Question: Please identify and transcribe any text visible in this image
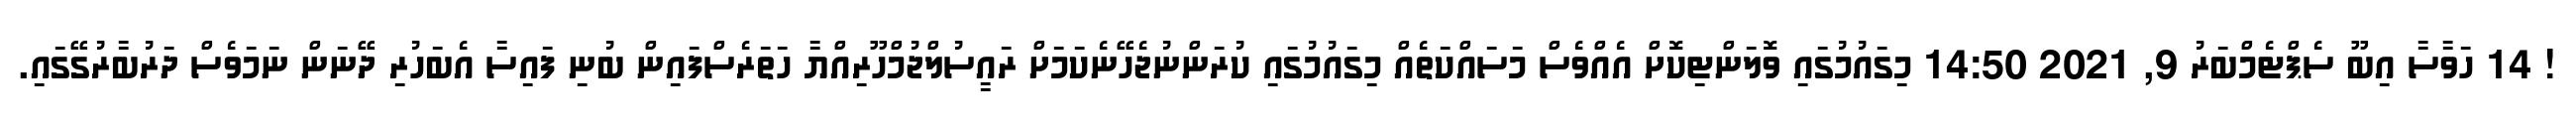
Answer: ! 14 ހަވާސާ އިބޫ ސެޕްޓެމްބަރު 9, 2021 14:50 މިގައުމުގައި ވޮލަންޓިކޮށް އެއްވެސް މަސައްކަތެއް މިގައުމުގައި ކުރަންނުޖެހޭނެކަމަށް ރައީސުލްޖުމްހޫރިއްޔާ ހަތަރެސްފައިން ބުނި ފައިސާ އެބަހުރި ދޭނަން ނަމަވެސް ދަރުބާރުގޭގައި.